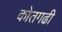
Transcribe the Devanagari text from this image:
कोतगढी